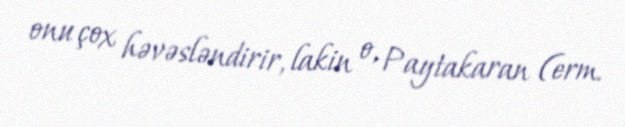
onu çox həvəsləndirir, lakin o, Paytakaran (erm.